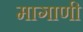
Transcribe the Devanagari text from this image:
मागाणी